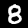
Digit: 8